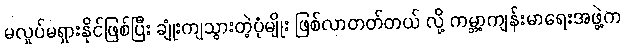
မလှုပ်မရှားနိုင်ဖြစ်ပြီး ချုံးကျသွားတဲ့ပုံမျိုး ဖြစ်လာတတ်တယ် လို့ ကမ္ဘာ့ကျန်းမာရေးအဖွဲ့က